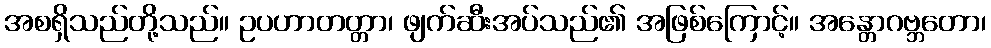
အစရှိသည်တို့သည်။ ဥပဟာတတ္တာ၊ ဖျက်ဆီးအပ်သည်၏ အဖြစ်ကြောင့်။ အန္တောဂဗ္ဘတော၊